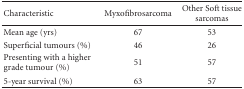
<table><thead><tr><td><b>Characteristic</b></td><td><b>Myxofibrosarcoma</b></td><td><b>Other Soft tissue sarcomas</b></td></tr></thead><tbody><tr><td>Mean age (yrs)</td><td>67</td><td>53</td></tr><tr><td>Superficial tumours (%)</td><td>46</td><td>26</td></tr><tr><td>Presenting with a higher grade tumour (%)</td><td>51</td><td>57</td></tr><tr><td>5-year survival (%)</td><td>63</td><td>57</td></tr></tbody></table>